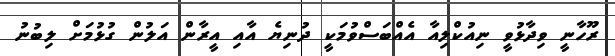
ރޫހާނީ ވިދާޅުވީ ނިއުކްލިއާ އެއްބަސްވުމަކީ ދުނިޔެ އާއި އީރާން އަލުން ގުޅުމަށް ލިބުނު